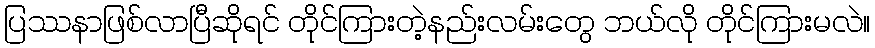
ပြဿနာဖြစ်လာပြီဆိုရင် တိုင်ကြားတဲ့နည်းလမ်းတွေ ဘယ်လို တိုင်ကြားမလဲ။